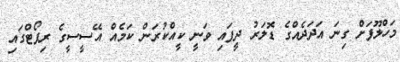
މަހްލޫފަށް ގިނަ އަދަދެއްގެ ޑޮލަރު ދީފައި ވަނީ ކީއްކުރަން ކަމެއް އޭސީސީގެ ރިޕޯޓްގައި